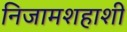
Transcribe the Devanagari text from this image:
निजामशहाशी